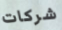
شركات